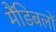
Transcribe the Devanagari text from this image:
मैंडिबलों